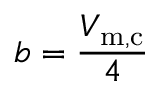
b = { \frac { V _ { \mathrm { m , c } } } { 4 } }